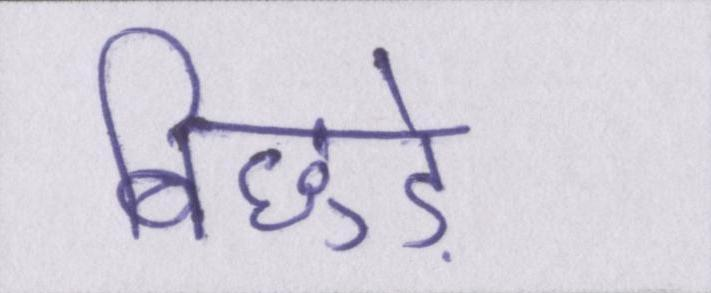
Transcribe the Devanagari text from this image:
बिछुड़े